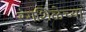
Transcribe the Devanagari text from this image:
रंगशिळेच्या